65_HS1-834228961_62-HQ-83894_Section_3
Agency: FBI
Page 161
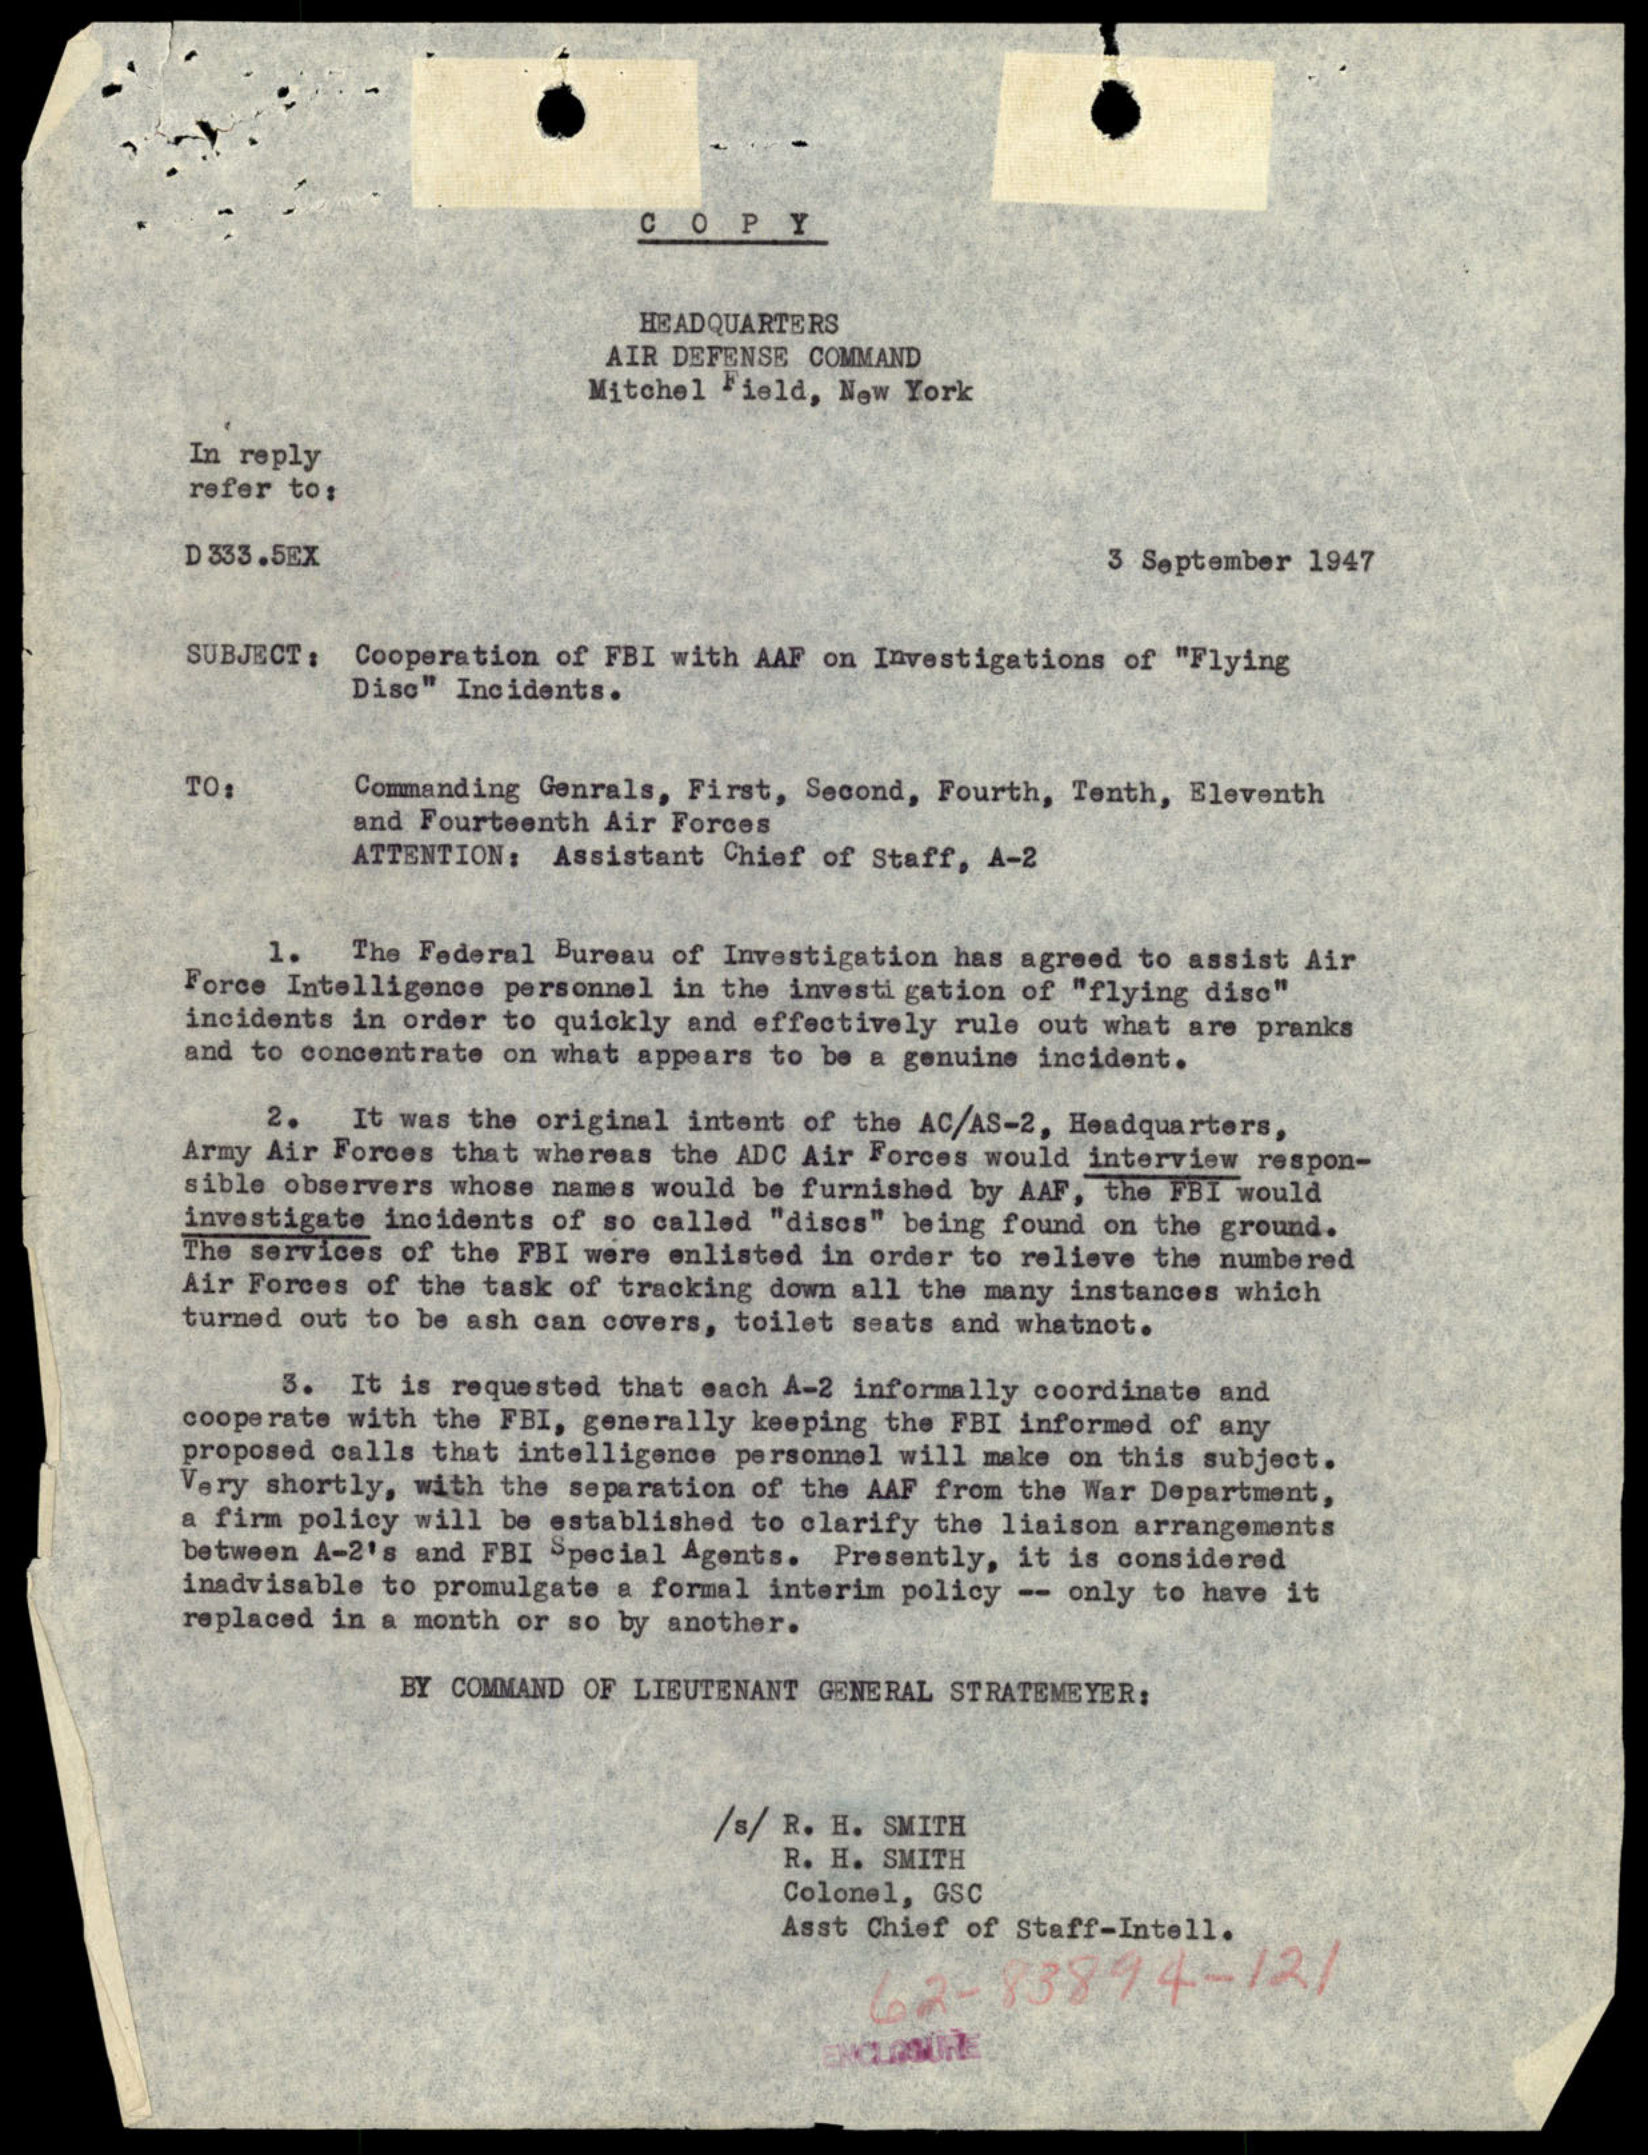